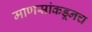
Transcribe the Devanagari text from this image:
माणसांकडूनच